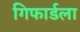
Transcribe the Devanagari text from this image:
गिफार्डला